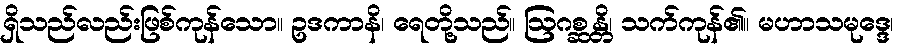
ရှိသည်လည်းဖြစ်ကုန်သော။ ဥဒကာနိ၊ ရေတို့သည်။ ဩဂစ္ဆန္တိ၊ သက်ကုန်၏။ မဟာသမုဒ္ဒေ၊